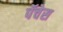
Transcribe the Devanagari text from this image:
पॅचेस